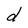
Character: d